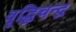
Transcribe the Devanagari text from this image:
वृद्धिचन्द्र